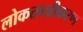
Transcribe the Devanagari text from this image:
लोकतन्‍त्रीकरण